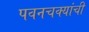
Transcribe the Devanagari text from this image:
पवनचक्यांची